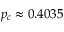
p _ { c } \approx 0 . 4 0 3 5